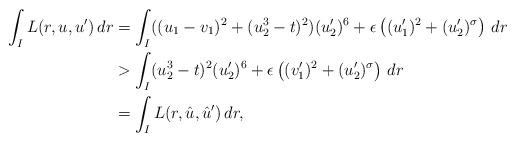
LaTeX: \begin{align*}\int_I L(r, u ,u') \, dr& = \int_I ((u_1 - v_1)^2 + (u_2^3 - t)^2) (u_2')^6 + \epsilon \left( (u_1')^2 + (u_2')^{\sigma}\right) \, dr\\& > \int_I ( u_2^3 - t)^2 (u_2')^6 + \epsilon \left( (v_1')^2 + (u_2')^{\sigma}\right) \, dr\\& = \int_I L(r, \hat{u}, \hat{u}')\, dr,\end{align*}